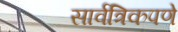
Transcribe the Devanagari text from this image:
सार्वत्रिकपणे